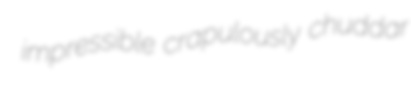
impressible crapulously chuddar